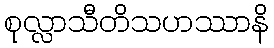
စုလ္လာသီတိသဟဿာနိ